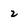
Character: 2